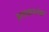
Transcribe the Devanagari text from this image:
अग्रक्रमांक